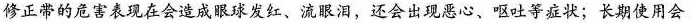
修正带的危害表现在会造成眼球发红、流眼泪，还会出现恶心、呕吐等症状；长期使用会